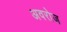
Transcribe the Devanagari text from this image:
अवरोज